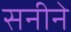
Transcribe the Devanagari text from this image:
सनीने